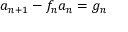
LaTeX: a _ { n + 1 } - f _ { n } a _ { n } = g _ { n }